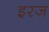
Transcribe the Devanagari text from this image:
इरज